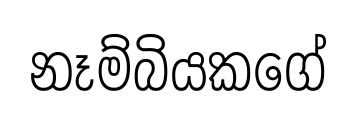
නෑම්බියකගේ